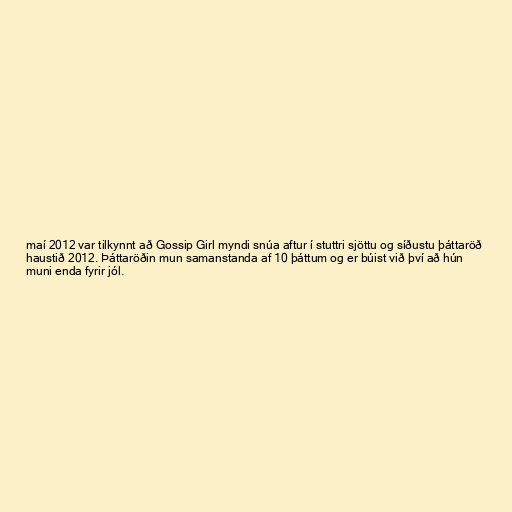
maí 2012 var tilkynnt að Gossip Girl myndi snúa aftur í stuttri sjöttu og síðustu þáttaröð
haustið 2012. Þáttaröðin mun samanstanda af 10 þáttum og er búist við því að hún
muni enda fyrir jól.